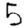
Digit: 5